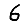
Digit: 6